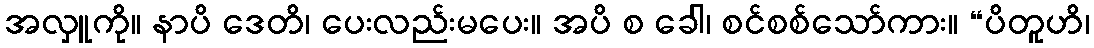
အလှူကို။ နာပိ ဒေတိ၊ ပေးလည်းမပေး။ အပိ စ ခေါ၊ စင်စစ်သော်ကား။ “ပိတူဟိ၊